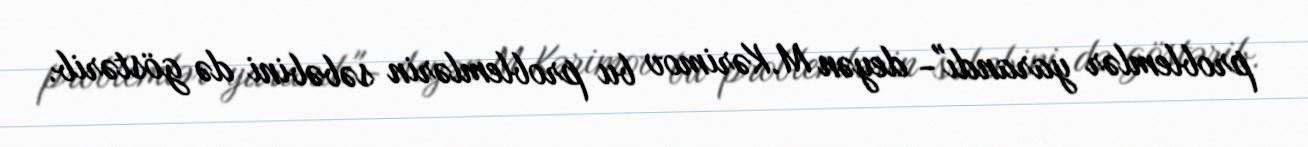
problemlər yarandı"- deyən M.Kərimov bu problemlərin səbəbini də göstərib.